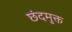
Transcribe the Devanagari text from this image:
छंदमुक्त